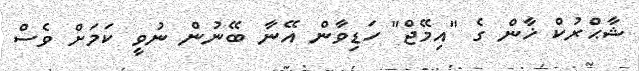
ޝާޙްރުކް ޚާން ގެ "އިމޭޖް" ހަޑިވާން އޭނާ ބޭނުން ނުވީ ކަމަށް ވެސް